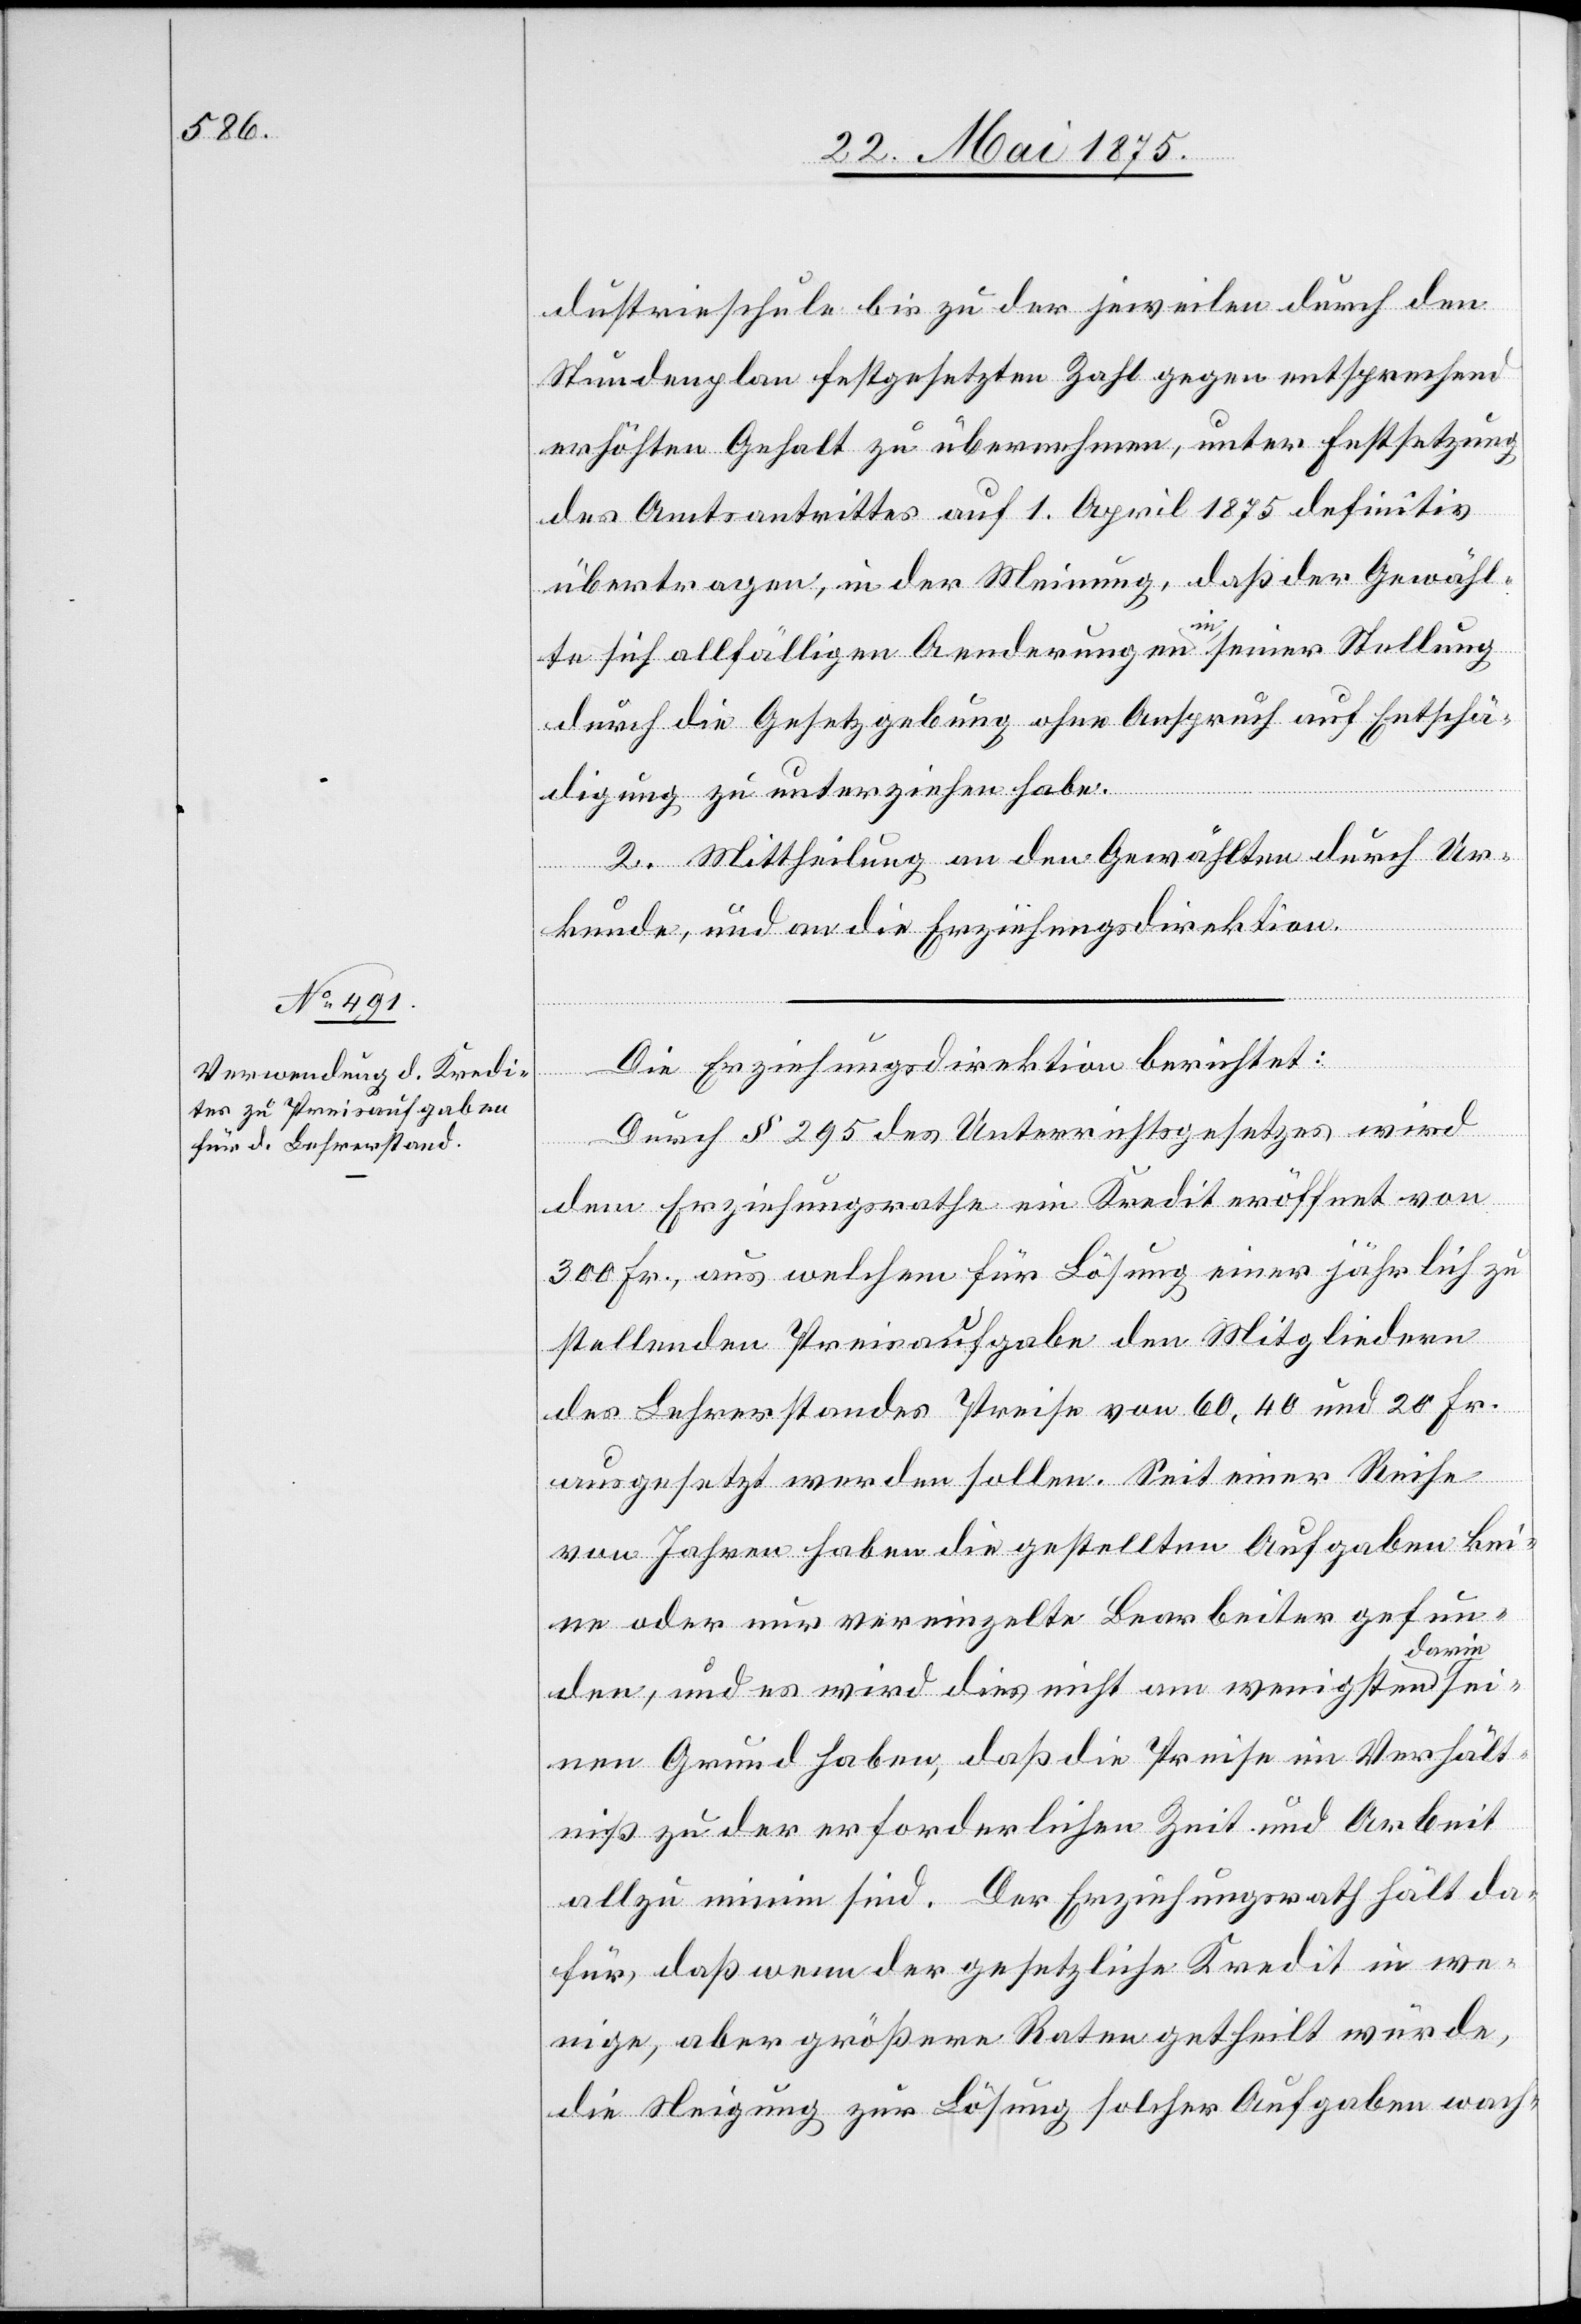
dustrieschule bis zu der jeweilen durch den
Stundenplan festgesetzten Zahl gegen entsprechend
erhöhten Gehalt zu übernehmen, unter Festsetzung
des Amtsantrittes auf 1. April 1875 definitiv
übertragen, in der Meinung, daß der Gewähl¬
te sich allfälligen Aenderungen in seiner Stellung
durch die Gesetzgebung ohne Anspruch auf Entschä¬
digung zu unterziehen habe.
2. Mittheilung an den Gewählten durch Ur¬
kunde, und an die Erziehungsdirektion.
sei¬
Die Erziehungsdirektion berichtet:
Durch § 295 des Unterrichtsgesetzes wird
dem Erziehungsrathe ein Kredit eröffnet von
300 Fr., aus welchem für Lösung einer jährlich zu
stellenden Preisaufgabe den Mitgliedern
des Lehrerstandes Preise von 60, 40 und 20 Fr.
ausgesetzt werden sollen. Seit einer Reihe
von Jahren haben die gestellten Aufgaben kei¬
ne oder nur vereinzelte Bearbeiter gefun¬
darin
den, und es wird dies nicht am wenigsten
nen Grund haben, daß die Preise im Verhält¬
niß zu der erforderlichen Zeit und Arbeit
allzu minim sind. Der Erziehungsrath hält da¬
für, daß wenn der gesetzliche Kredit in we¬
nige, aber größere Raten getheilt würde,
die Neigung zur Lösung solcher Aufgaben wach-